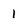
Character: 1